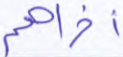
أخراهم